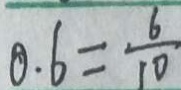
0 . 6 = \frac { 6 } { 1 0 }